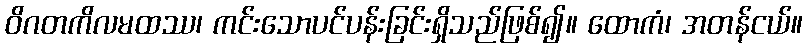
ဝိဂတကိလမထဿ၊ ကင်းသောပင်ပန်းခြင်းရှိသည်ဖြစ်၍။ ထောကံ၊ အတန်ငယ်။